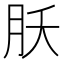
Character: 𬁷